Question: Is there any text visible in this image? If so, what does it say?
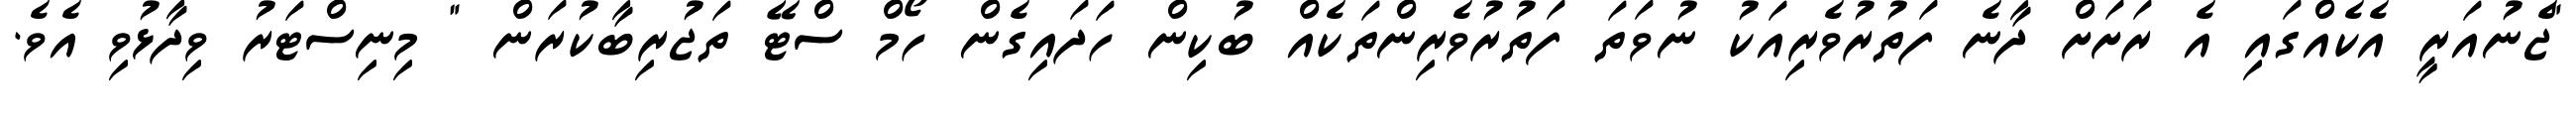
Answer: "ޖެނުއަރީ އެކެއްގައި އެ ރަށަށް ދާނެ ފަތުރުވެރިއަކު ނުވަތަ ފަތުރުވެރިންތަކެއް ބުކިން ހަދައިގެން ހޯމް ސްޓޭ ތަޖުރިބާކުރަން " މިނިސްޓަރު ވިދާޅުވި އެވެ.